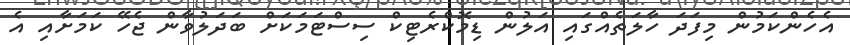
އެހެންކަމުން މިފަދަ ހާލަތެއްގައި އަލުން ޑިމޮކްރެޓިކް ސިސްޓަމަކަށް ބަދަލުވާން ޖެހޭ ކަމަށާއި އެ